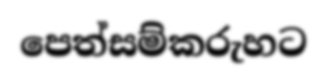
පෙත්සම්කරුහට